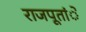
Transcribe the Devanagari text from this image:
राजपूतांे